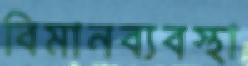
বিমানব্যবস্থা